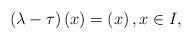
LaTeX: \begin{align*}\left( \lambda -\tau \right) \left( x\right) =\left(x\right) ,x\in I, \end{align*}